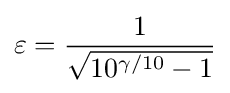
\varepsilon ={\frac {1}{\sqrt {10^{\gamma /10}-1}}}